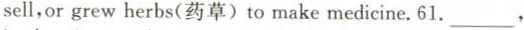
sell,or grew herbs(药草)to